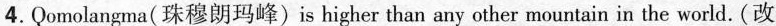
4.Qomolangma(珠穆朗玛峰)is higher than any other mountain in the world. (改